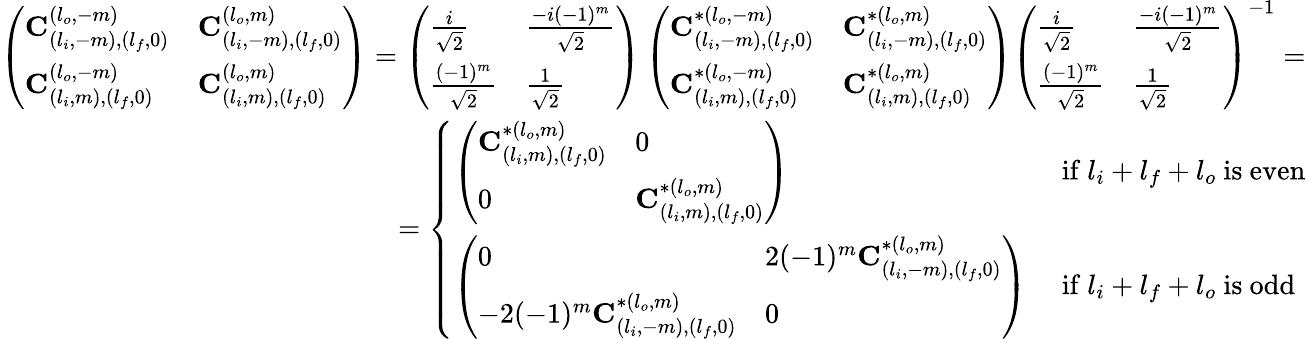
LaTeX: \begin{array}{r}{\left(\begin{array}{ll}{\mathbf{C}_{(l_{i},-m),(l_{f},0)}^{(l_{o},-m)}}&{\mathbf{C}_{(l_{i},-m),(l_{f},0)}^{(l_{o},m)}}\\ {\mathbf{C}_{(l_{i},m),(l_{f},0)}^{(l_{o},-m)}}&{\mathbf{C}_{(l_{i},m),(l_{f},0)}^{(l_{o},m)}}\end{array}\right)=\left(\begin{array}{ll}{\frac{i}{\sqrt{2}}}&{\frac{-i(-1)^{m}}{\sqrt{2}}}\\ {\frac{(-1)^{m}}{\sqrt{2}}}&{\frac{1}{\sqrt{2}}}\end{array}\right)\left(\begin{array}{ll}{\mathbf{C}_{(l_{i},-m),(l_{f},0)}^{*(l_{o},-m)}}&{\mathbf{C}_{(l_{i},-m),(l_{f},0)}^{*(l_{o},m)}}\\ {\mathbf{C}_{(l_{i},m),(l_{f},0)}^{*(l_{o},-m)}}&{\mathbf{C}_{(l_{i},m),(l_{f},0)}^{*(l_{o},m)}}\end{array}\right)\left(\begin{array}{ll}{\frac{i}{\sqrt{2}}}&{\frac{-i(-1)^{m}}{\sqrt{2}}}\\ {\frac{(-1)^{m}}{\sqrt{2}}}&{\frac{1}{\sqrt{2}}}\end{array}\right)^{-1}=}\\ {=\left\{ \begin{array}{ll}{\left(\begin{array}{ll}{\mathbf{C}_{(l_{i},m),(l_{f},0)}^{*(l_{o},m)}}&{0}\\ {0}&{\mathbf{C}_{(l_{i},m),(l_{f},0)}^{*(l_{o},m)}}\end{array}\right)}&{\mathrm{~if~}l_{i}+l_{f}+l_{o}\mathrm{~is~even}}\\ {\left(\begin{array}{ll}{0}&{2(-1)^{m}\mathbf{C}_{(l_{i},-m),(l_{f},0)}^{*(l_{o},m)}}\\ {-2(-1)^{m}\mathbf{C}_{(l_{i},-m),(l_{f},0)}^{*(l_{o},m)}}&{0}\end{array}\right)}&{\mathrm{~if~}l_{i}+l_{f}+l_{o}\mathrm{~is~odd}}\end{array}\right.}\end{array}